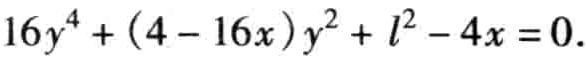
\(16y^{4}+(4 - 16x)y^{2}+l^{2}-4x = 0\)